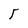
Character: T